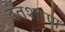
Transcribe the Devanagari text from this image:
दंतशाण